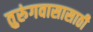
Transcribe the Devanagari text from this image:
तुरुंगवासासाठी